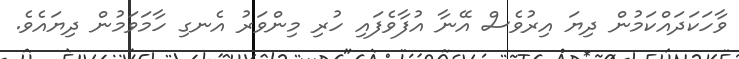
ވާހަކަދައްކަމުން ދިޔަ އިރުވެސް އޭނާ އުފާވެފައި ހުރި މިންވަރު އެނގި ހާމަވަމުން ދިޔައެވެ.